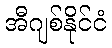
အီဂျစ်နိုင်ငံ